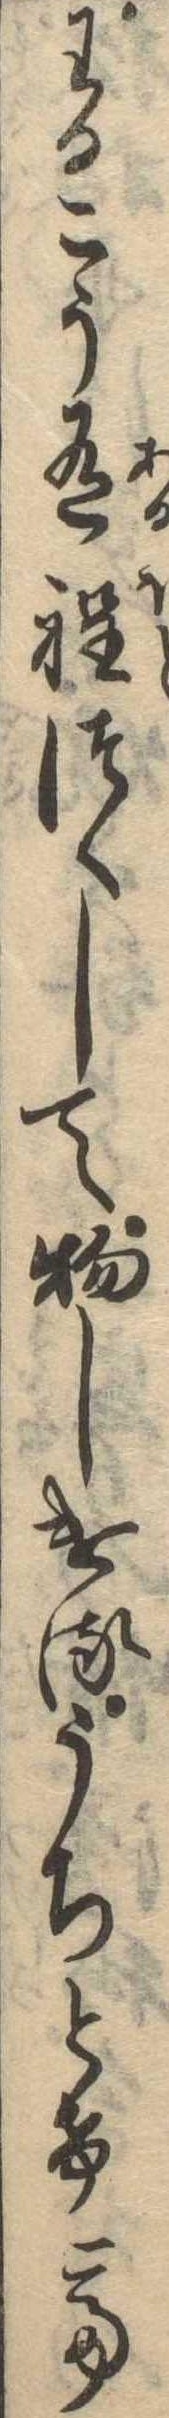
わるこう有程つくして物しけるうちとけて